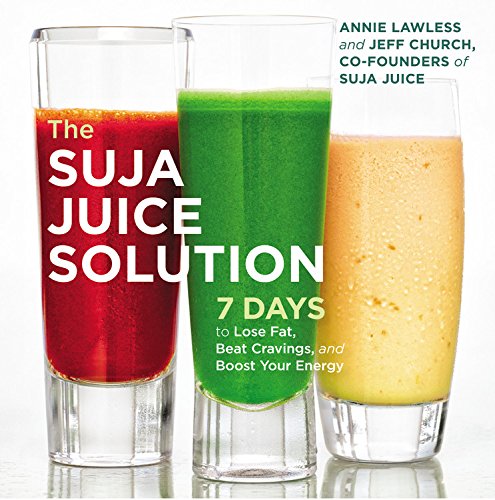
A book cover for The Suja Juice Solution: 7 Days to Lose Fat, Beat Cravings, and Boost Your Energy; Annie Lawless; Health, Fitness & Dieting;